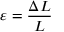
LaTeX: \varepsilon = { \frac { \Delta L } { L } }